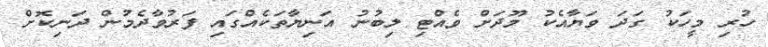
ހުރި މީހަކު ގަދަ ވަޔާއެކު މޫދަށް ވެއްޓި ލިބުނު އަނިޔާތަކެއްގައި ފަރުވާދެމުން ދަނިކޮށް